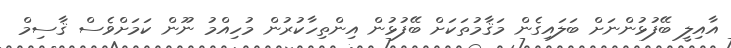
އާއިލީ ބޭފުޅުންނަށް ބަލައިގެން މަޤާމުތަކަށް ބޭފުޅުން އިންތިހާކުރުން މުހިއްމު ނޫން ކަމަށްވެސް ޤާސިމް